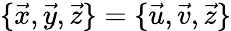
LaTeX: \{ \vec{x},\vec{y},\vec{z}\} =\{ \vec{u},\vec{v},\vec{z}\}